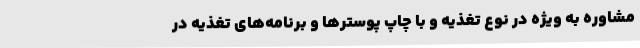
مشاوره به ویژه در نوع تغذیه و با چاپ پوسترها و برنامه‌های تغذیه در